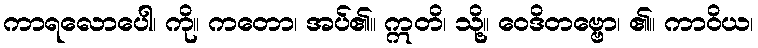
ကာရလောပေါ၊ ကို။ ကတော၊ အပ်၏။ ဣတိ၊ သို့။ ဝေဒိတဗ္ဗော၊ ၏။ ကာဝိယ၊